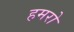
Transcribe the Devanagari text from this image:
हमरो